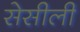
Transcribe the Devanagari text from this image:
सेसीली